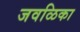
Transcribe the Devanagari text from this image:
जवळिका